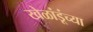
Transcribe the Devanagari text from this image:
खेळांडूंच्या